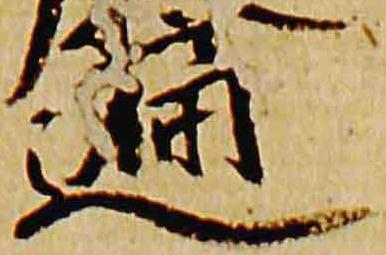
遍